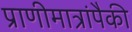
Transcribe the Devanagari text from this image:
प्राणीमात्रांपैकी